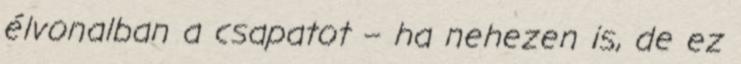
élvonalban a csapatot – ha nehezen is, de ez